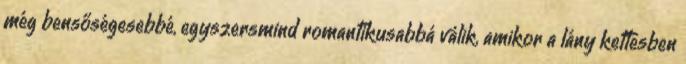
még bensőségesebbé, egyszersmind romantikusabbá válik, amikor a lány kettesben